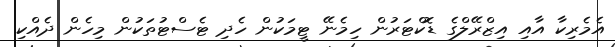
އެމެރިކާ އާއި އިޒްރޭލްގެ ޑޮކްޓަރުން ހިމެނޭ ޓީމަކުން ހެދި ޓެސްޓުތަކުން މިހެން ދެއްކި